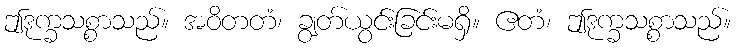
ဤဒုက္ခသစ္စာသည်။ အဝိတတံ၊ ချွတ်ယွင်းခြင်းမရှိ။ ဧတံ၊ ဤဒုက္ခသစ္စာသည်။